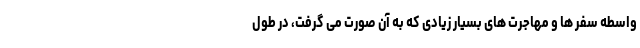
واسطه سفر ها و مهاجرت های بسیار زیادی که به آن صورت می گرفت، در طول